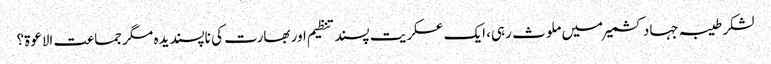
لشکر طیبہ جہاد کشمیر میں ملوث رہی، ایک عسکریت پسند تنظیم اور بھارت کی ناپسندیدہ مگر جماعت الاعوۃ؟